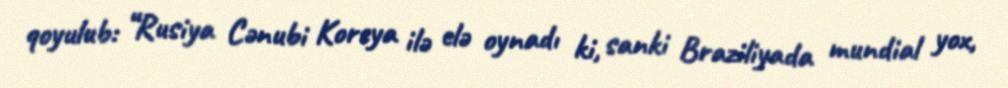
qoyulub: “Rusiya Cənubi Koreya ilə elə oynadı ki, sanki Braziliyada mundial yox,